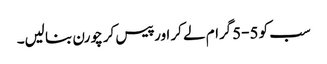
سب کو 5-5گرام لے کر اور پیس کر چورن بنا لیں۔